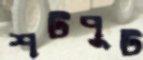
শটপুট